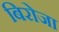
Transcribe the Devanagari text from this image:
बिरोजा